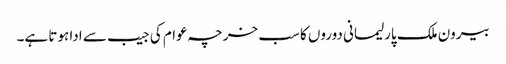
بیرون ملک پارلیمانی دوروں کا سب خرچہ عوام کی جیب سے ادا ہوتا ہے۔